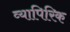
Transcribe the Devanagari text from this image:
व्यापिरिक